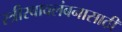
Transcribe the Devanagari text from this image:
स्त्रीस्वावलंबनासाठी